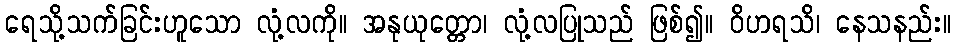
ရေသို့သက်ခြင်းဟူသော လုံ့လကို။ အနုယုတ္တော၊ လုံ့လပြုသည် ဖြစ်၍။ ဝိဟရသိ၊ နေသနည်း။